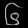
Digit: ၆